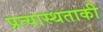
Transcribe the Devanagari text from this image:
प्रत्यास्थताकी